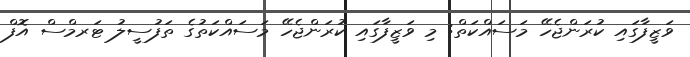
ވަޒީފާގައި ކުރަންޖެހޭ މަސައްކަތް: މި ވަޒީފާގައި ކުރަންޖެހޭ މަސައްކަތުގެ ތަފުސީލު ޓަރމްސް އޮފް